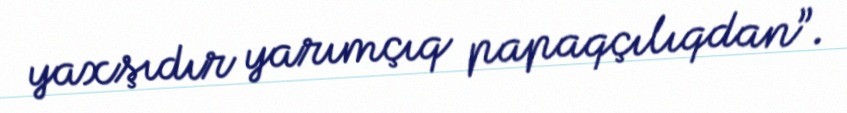
yaxşıdır yarımçıq papaqçılıqdan”.